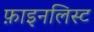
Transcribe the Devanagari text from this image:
फ़ाइनलिस्ट